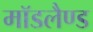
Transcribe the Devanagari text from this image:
मॉडलैण्ड